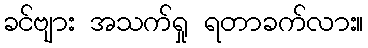
ခင်ဗျား အသက်ရှု ရတာခက်လား။